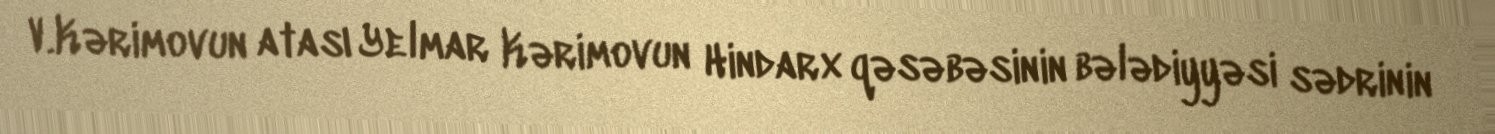
V.Kərimovun atası Yelmar Kərimovun Hindarx qəsəbəsinin bələdiyyəsi sədrinin